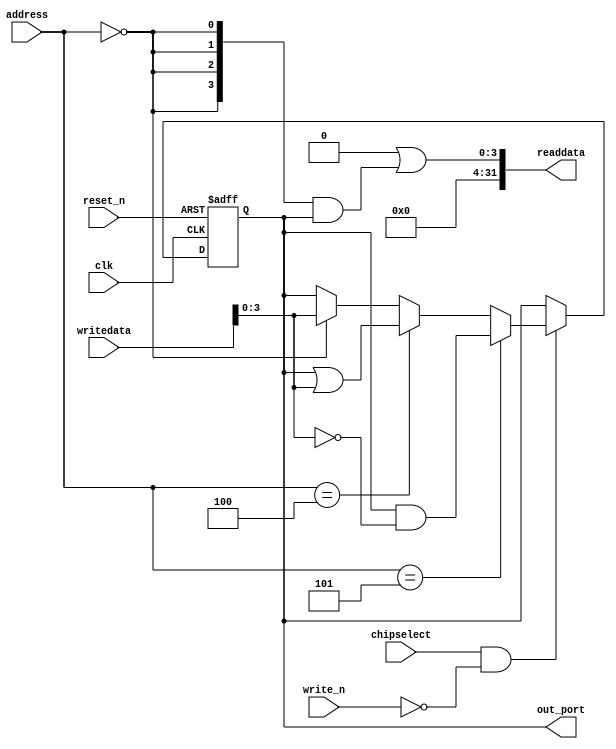
// This program was cloned from: https://github.com/myriadrf/LimeSDR-PCIe_GW
// License: Apache License 2.0

//Legal Notice: (C)2016 Altera Corporation. All rights reserved.  Your
//use of Altera Corporation's design tools, logic functions and other
//software and tools, and its AMPP partner logic functions, and any
//output files any of the foregoing (including device programming or
//simulation files), and any associated documentation or information are
//expressly subject to the terms and conditions of the Altera Program
//License Subscription Agreement or other applicable license agreement,
//including, without limitation, that your use is for the sole purpose
//of programming logic devices manufactured by Altera and sold by Altera
//or its authorized distributors.  Please refer to the applicable
//agreement for further details.

// synthesis translate_off
`timescale 1ns / 1ps
// synthesis translate_on

// turn off superfluous verilog processor warnings 
// altera message_level Level1 
// altera message_off 10034 10035 10036 10037 10230 10240 10030 

module lms_ctr_lms_ctr_gpio (
                              // inputs:
                               address,
                               chipselect,
                               clk,
                               reset_n,
                               write_n,
                               writedata,

                              // outputs:
                               out_port,
                               readdata
                            )
;

  output  [  3: 0] out_port;
  output  [ 31: 0] readdata;
  input   [  2: 0] address;
  input            chipselect;
  input            clk;
  input            reset_n;
  input            write_n;
  input   [ 31: 0] writedata;

  wire             clk_en;
  reg     [  3: 0] data_out;
  wire    [  3: 0] out_port;
  wire    [  3: 0] read_mux_out;
  wire    [ 31: 0] readdata;
  wire             wr_strobe;
  assign clk_en = 1;
  //s1, which is an e_avalon_slave
  assign read_mux_out = {4 {(address == 0)}} & data_out;
  assign wr_strobe = chipselect && ~write_n;
  always @(posedge clk or negedge reset_n)
    begin
      if (reset_n == 0)
          data_out <= 3;
      else if (clk_en)
          if (wr_strobe)
              data_out <= (address == 5)? data_out & ~writedata[3 : 0]: (address == 4)? data_out | writedata[3 : 0]: (address == 0)? writedata[3 : 0]: data_out;
    end


  assign readdata = {32'b0 | read_mux_out};
  assign out_port = data_out;

endmodule